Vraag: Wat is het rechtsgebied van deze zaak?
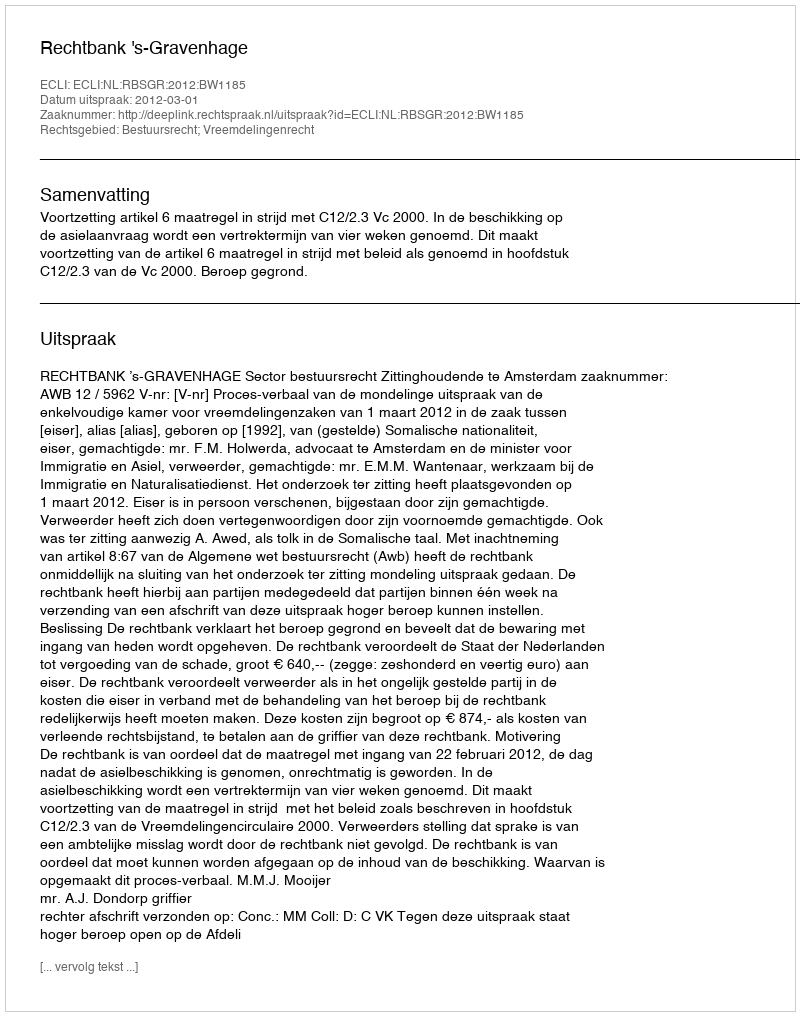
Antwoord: Bestuursrecht; Vreemdelingenrecht